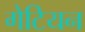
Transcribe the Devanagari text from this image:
गेटियन